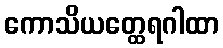
ကောသိယတ္ထေရဂါထာ